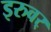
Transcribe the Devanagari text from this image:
इरुवर्